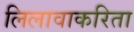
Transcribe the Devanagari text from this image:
लिलावाकरिता